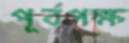
পূর্বপক্ষ